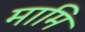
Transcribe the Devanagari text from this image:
मामि